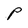
Character: P